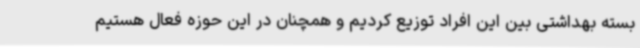
بسته بهداشتی بین این افراد توزیع کردیم و همچنان در این حوزه فعال هستیم